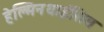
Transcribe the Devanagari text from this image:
हेल्मिनथाईसिस